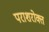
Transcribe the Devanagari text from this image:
पराशरोक्त